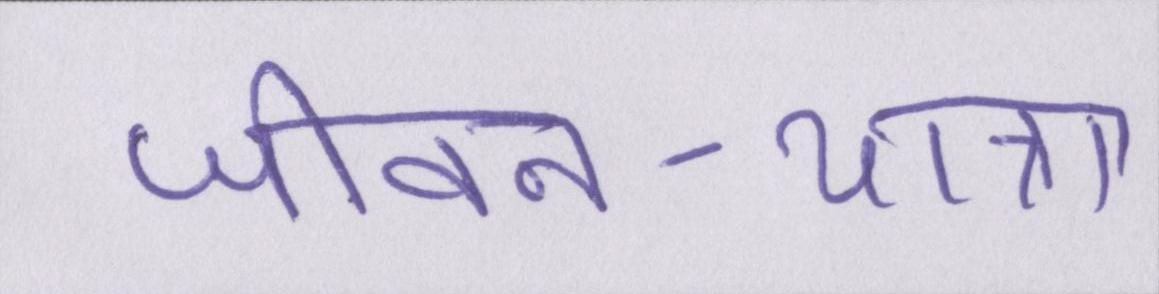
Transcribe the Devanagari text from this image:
जीवन-यात्रा